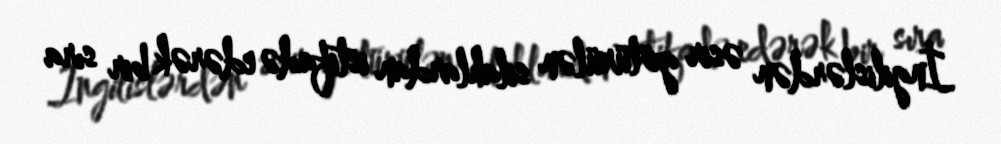
İngilislərdən əsir götürülən silahlardan istifadə edərək bir sıra